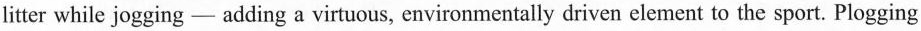
litter while jogging - adding a virtuous, environmentally driven element to the sport. Plogging